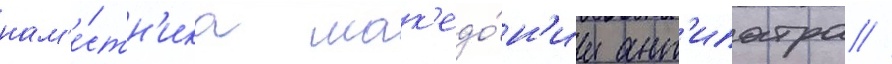
нам'е́стн'ика мак'едо́н'ии ант'ипатра //